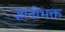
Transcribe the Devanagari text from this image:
ज्ञानीभक्त